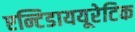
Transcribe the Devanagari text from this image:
एन्टिडाययूरेटिक